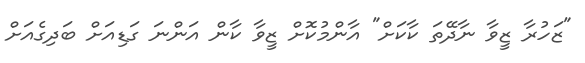
"ޒަހުރާ ޒީވާ ނާދޭތަ ކާކަށް" އާންމުކޮށް ޒީވާ ކާން އަންނަ ގަޑިއަށް ބަދިގެއަށް